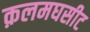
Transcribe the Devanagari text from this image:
क़लमघसीट